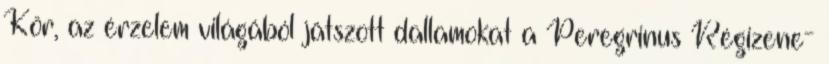
Kör, az érzelem világából játszott dallamokat a Peregrinus Régizene-